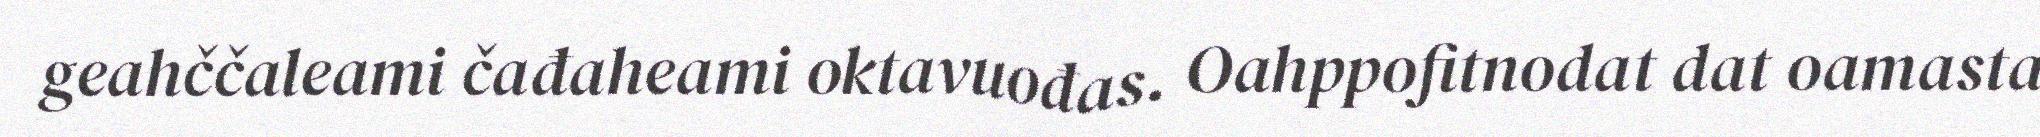
geahččaleami čađaheami oktavuođas. Oahppofitnodat dat oamasta